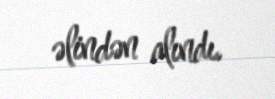
əlindən alındı.